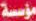
مؤسسة